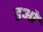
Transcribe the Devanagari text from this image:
इओ